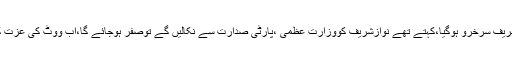
وعدے پورے کرکے نوازشریف سرخرو ہوگیا،کہتے تھے نوازشریف کووزارت عظمیٰ ،پارٹی صدارت سے نکالیں گے توصفر ہوجائے گا،اب ووٹ کی عزت کریں گے اور کروائیں گے۔